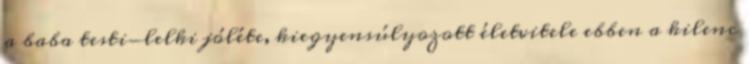
a baba testi-lelki jóléte, kiegyensúlyozott életvitele ebben a kilenc